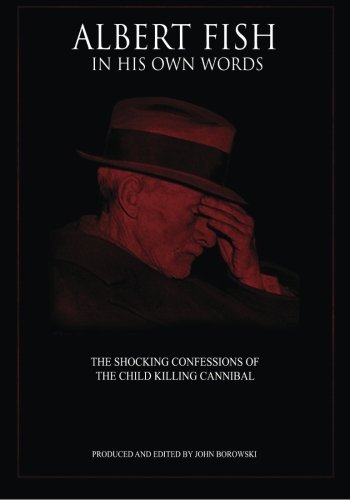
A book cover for Albert Fish In His Own Words: The Shocking Confessions of the Child Killing Cannibal; John Borowski; Biographies & Memoirs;